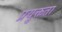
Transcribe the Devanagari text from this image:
प्रयुक्तता